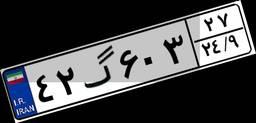
۴۲گ۶۰۳۲۷